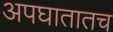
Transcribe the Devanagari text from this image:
अपघातातच